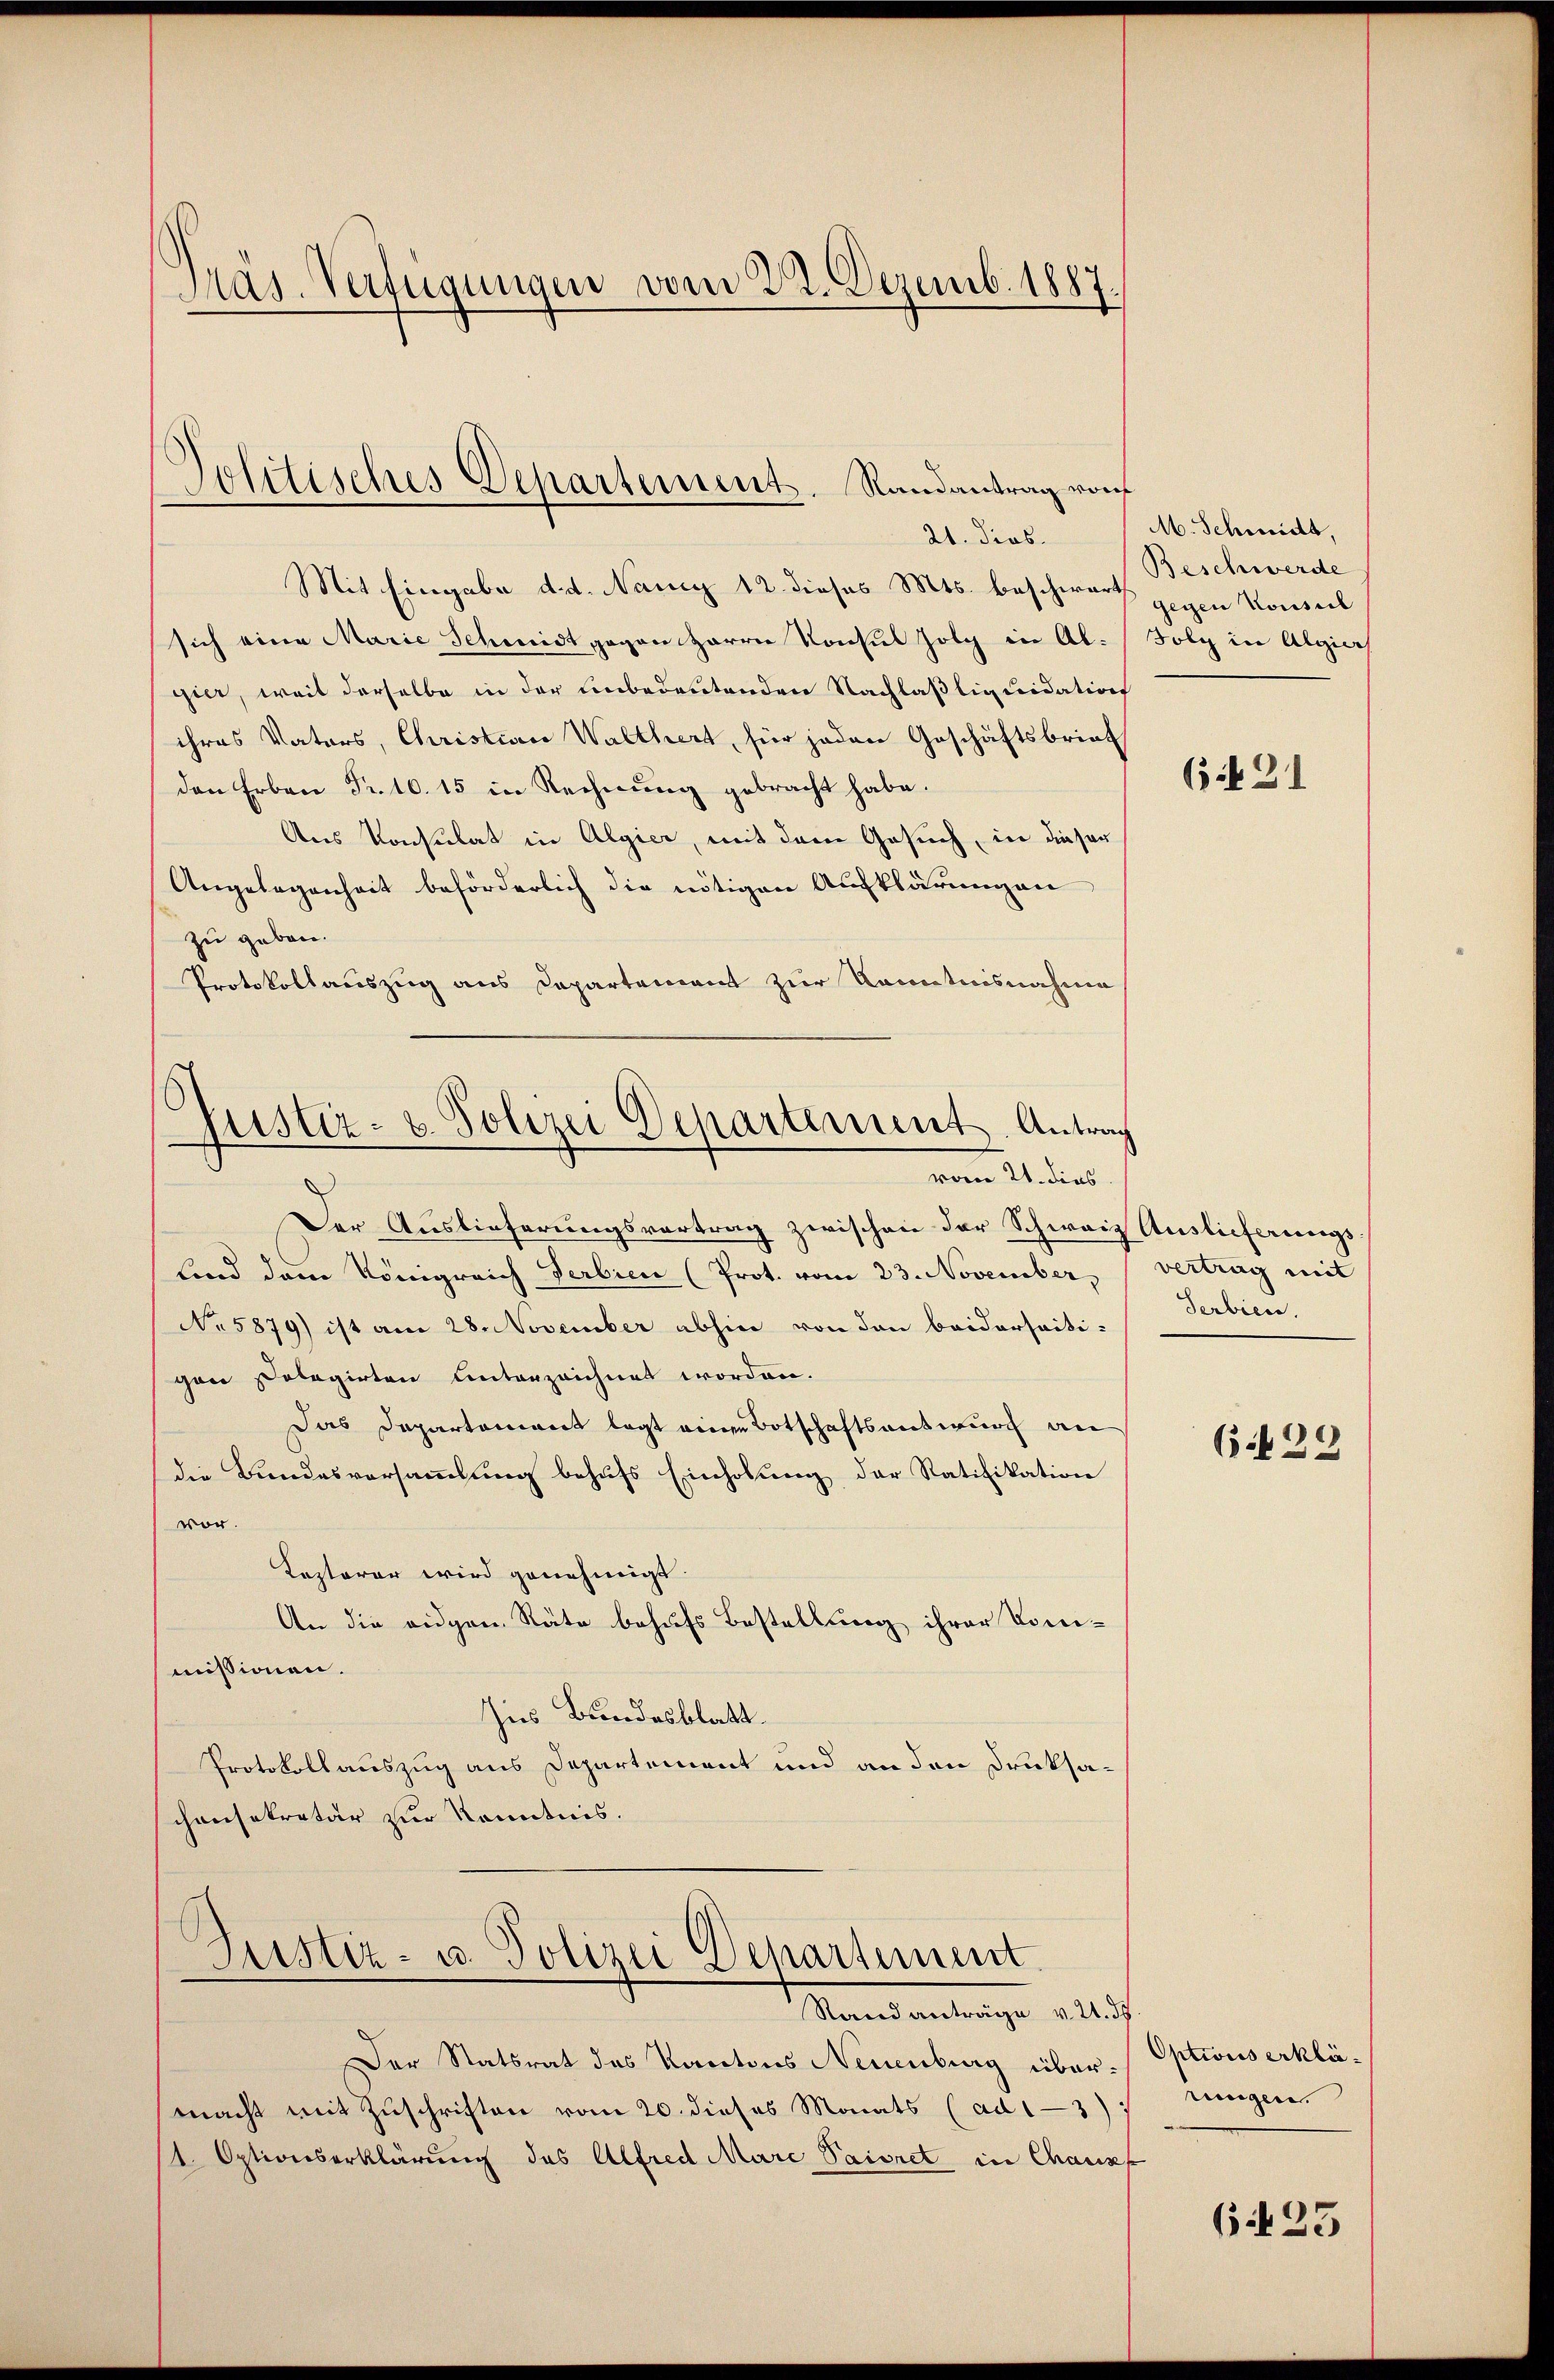
Präs. Verfügungen vom 22. Dezemb. 1887.

Politisches Departement. Randantrag vorf
21. dies.

Mit Eingabe d. d. Nancy 12. dieses Mts. beschwert Beschwerde
sich eine Marie Schmidt gegen Harrer Konsul folg in Al-
gier, weil derselbe in der unbedeutenden Nachlaßliquidation
ihres Vaters, Christian Walthert, für jeden Geschäftsbriet
den Erben Fr. 10. 15 in Rechnŭng gebracht habe.
Aus Konsulat in Algier, mit dem Gesuch, in dieser
Angelegenheit beförderlich die nötigen Aufklärungen
zu geben.
Protokollauszug aus Departement zur Kenntnisnahme
Der Auslieferungsvertrag zwischen der Schweiz Auslieferungs¬
Lond dem Königreich Verbien (Prot. vom 23. November,
No 5879) ist am 28. November abhin von den beiderseiti-
gen solegirten unterzeichnet worden.
Das Departemont legt einen Botschaftsentwurf an
die Bundesversammlung behufs Einholung der Ratifikation
vor.
Kezterer wird genehmigt.
An die eidgen. Räte behufs Bestellung ihrer Komimissionen.
Ins Bundesblatt.
Protokollauszug aus Departement und an den Drucksaconsekretär zur Kenntnis.
Justiz- u. Polizei Departement.
Rand anträge v. 2. d.
Der Statsrat des Kantons Neuenburg über Optionserklämacht mit Zuschriften vom 20. dieses Monats (ad 13) eingen.
1. Optionserklärung des Alfred Marc Saisret in Chausf

Justiz- u. Polizei Departement. Antrag
vom 21. dies

M. Schmidt,
gegen Konseil
Folz in Algier

(if 21

vertrag mit
Serbien.

6.429

623